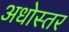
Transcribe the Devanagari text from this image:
अधोस्तर